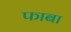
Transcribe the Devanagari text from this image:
फाबा